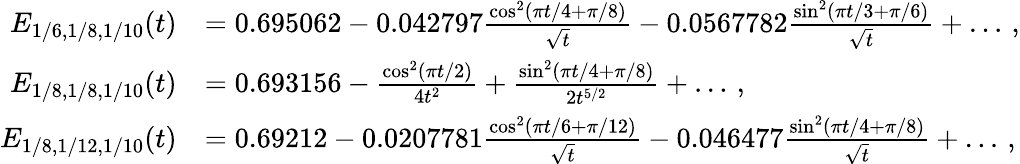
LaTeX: \begin{array}{rl}{E_{1/6,1/8,1/10}(t)}&{=0.695062-0.042797\frac{\cos^{2}(\pi t/4+\pi/8)}{\sqrt{t}}-0.0567782\frac{\sin^{2}(\pi t/3+\pi/6)}{\sqrt{t}}+\dots\, ,}\\ {E_{1/8,1/8,1/10}(t)}&{=0.693156-\frac{\cos^{2}(\pi t/2)}{4t^{2}}+\frac{\sin^{2}(\pi t/4+\pi/8)}{2t^{5/2}}+\dots\, ,}\\ {E_{1/8,1/12,1/10}(t)}&{=0.69212-0.0207781\frac{\cos^{2}(\pi t/6+\pi/12)}{\sqrt{t}}-0.046477\frac{\sin^{2}(\pi t/4+\pi/8)}{\sqrt{t}}+\dots\, ,}\end{array}